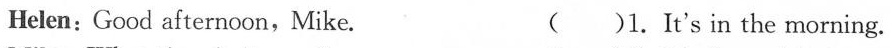
Helen: Good afternoon, Mike. ( )1.It's in the morning.